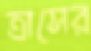
ত্রাসের